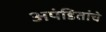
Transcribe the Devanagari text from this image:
अपंडितांचे